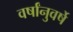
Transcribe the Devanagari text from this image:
वर्षांनुवर्षे